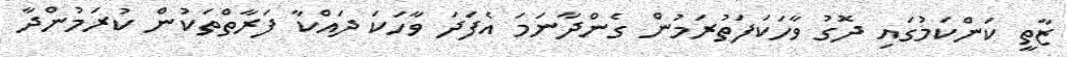
ޒާތީ ކަންކަމުގައި ދޮގު ވާހަކަފަތުރަމުން ގެންދާނަމަ އެފަދަ ވާހަކަ ދައްކާ ފަރާތްތަކުން ކުރަމުންދާ